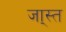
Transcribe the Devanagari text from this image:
जा्स्त